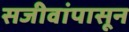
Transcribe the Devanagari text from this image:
सजीवांपासून